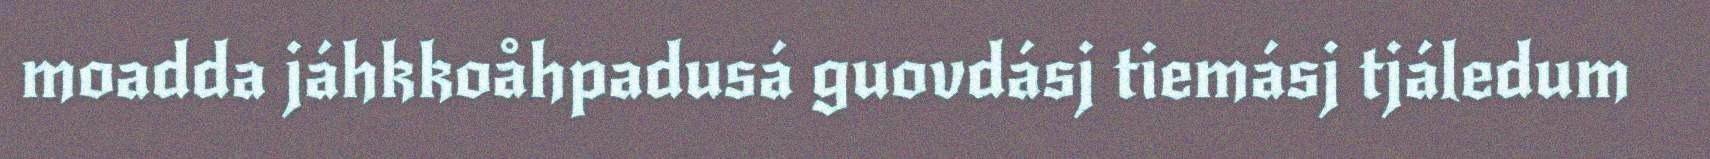
moadda jáhkkoåhpadusá guovdásj tiemásj tjáledum